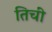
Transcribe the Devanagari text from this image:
तिचीं